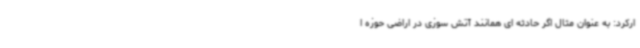
ارکرد: به عنوان مثال اگر حادثه ای همانند آتش سوزی در اراضی حوزه ا